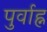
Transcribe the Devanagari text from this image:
पुर्वाह्न